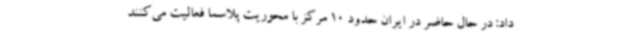
داد: در حال حاضر در ایران حدود 10 مرکز با محوریت پلاسما فعالیت می‌کنند